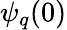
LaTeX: \psi_{q}(0)